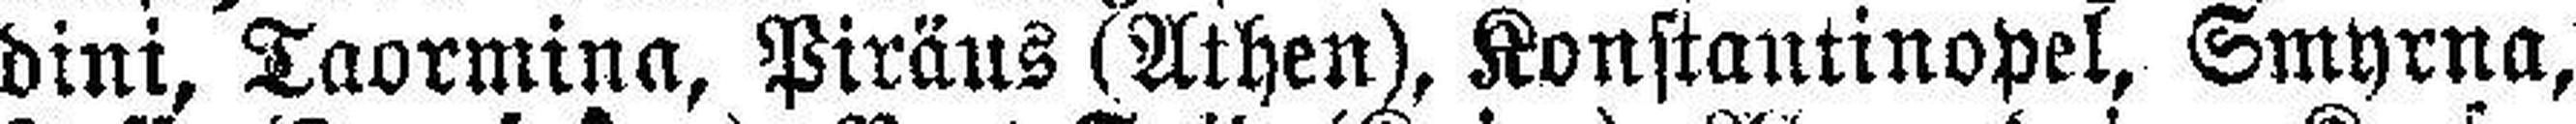
dini, Taormina, Piräus (Athen), Konstantinopel, Smyrna,